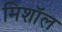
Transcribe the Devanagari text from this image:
मिशॉल